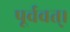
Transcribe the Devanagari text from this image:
पूर्ववत्।